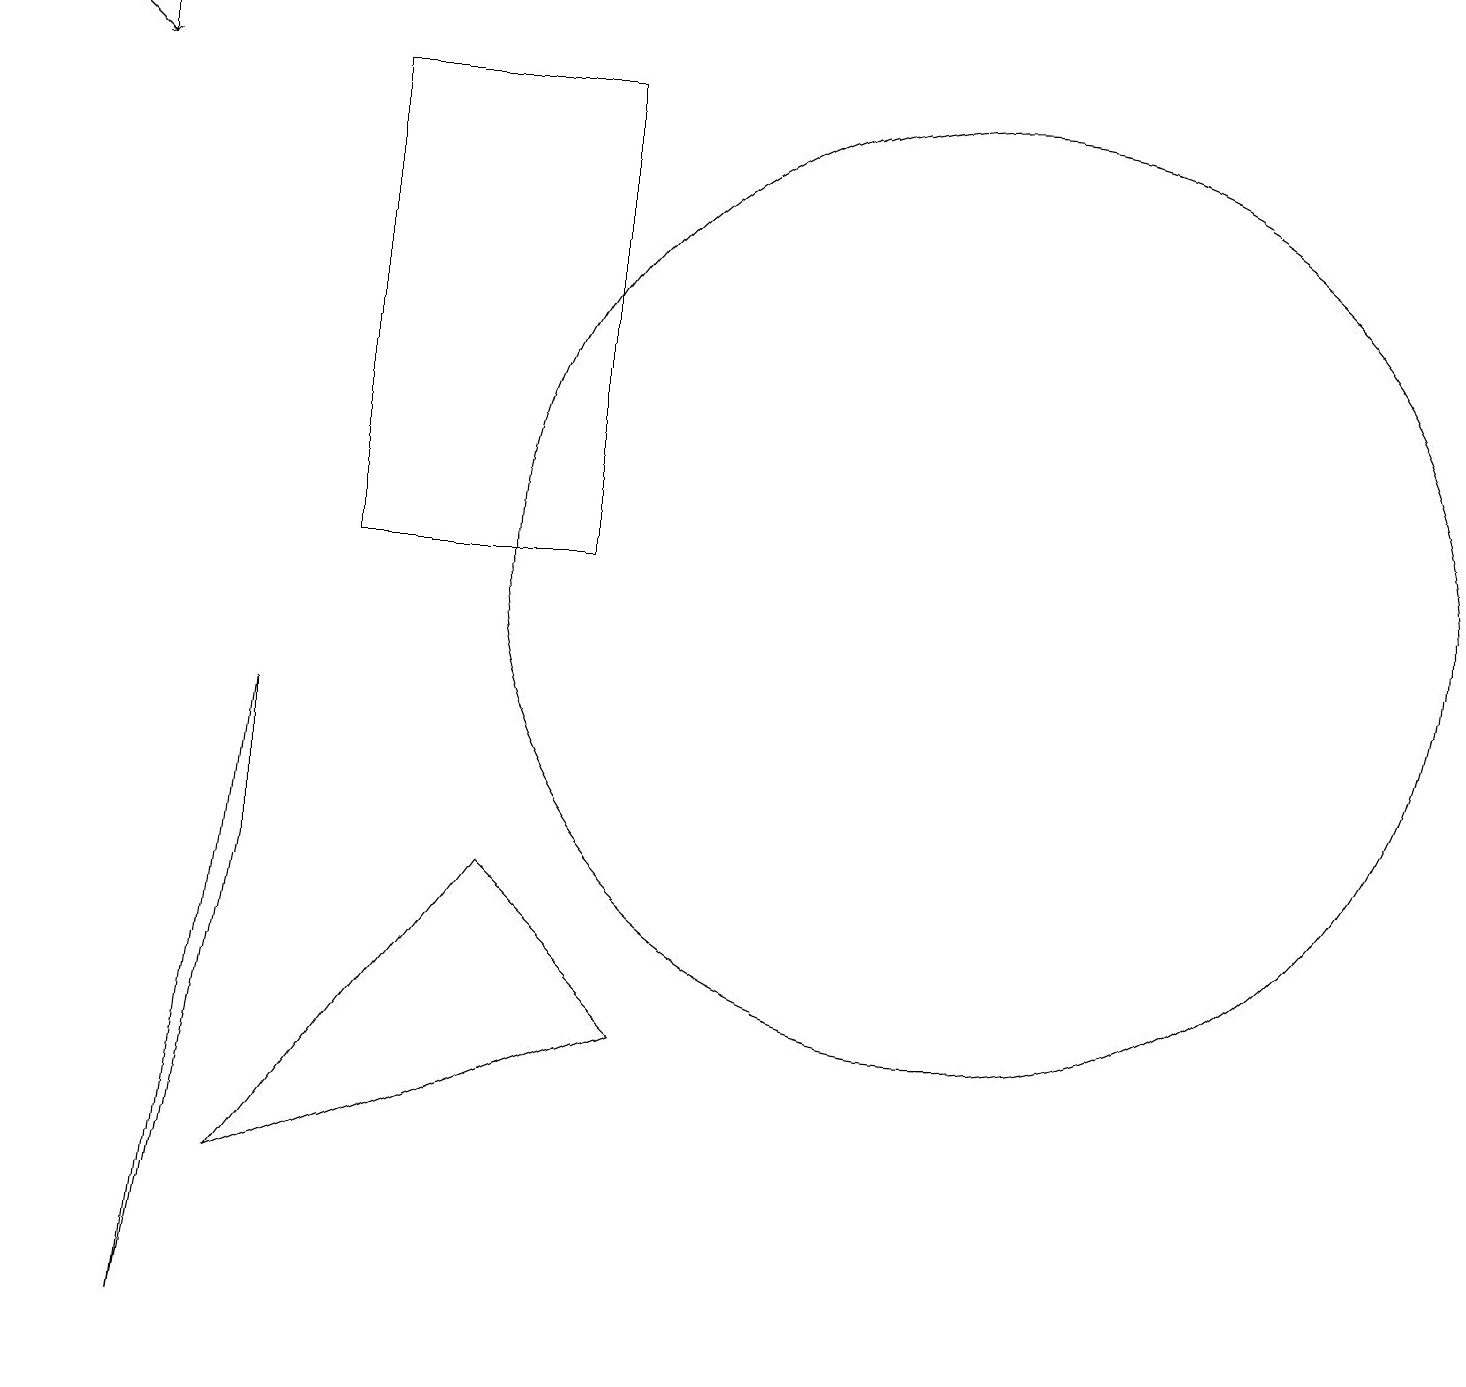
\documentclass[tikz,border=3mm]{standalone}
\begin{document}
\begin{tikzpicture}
\draw (4,10) rectangle (7,16);
\draw (12,10) circle (6);
\draw (3,6) -- (2,0) -- (3,8) -- cycle;
\draw (2,17) rectangle (0,17);
\draw (6,6) -- (8,4) -- (3,2) -- cycle;
\draw[->] (1,17) -- (1,16);
\draw[->] (0,17) -- (1,16);
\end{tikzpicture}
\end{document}